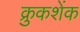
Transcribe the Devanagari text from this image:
क्रुकशेंक